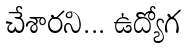
చేశారని... ఉద్యోగ